Lunatic asylums Burma 1907-21 - 1907-1921
Year: 1907
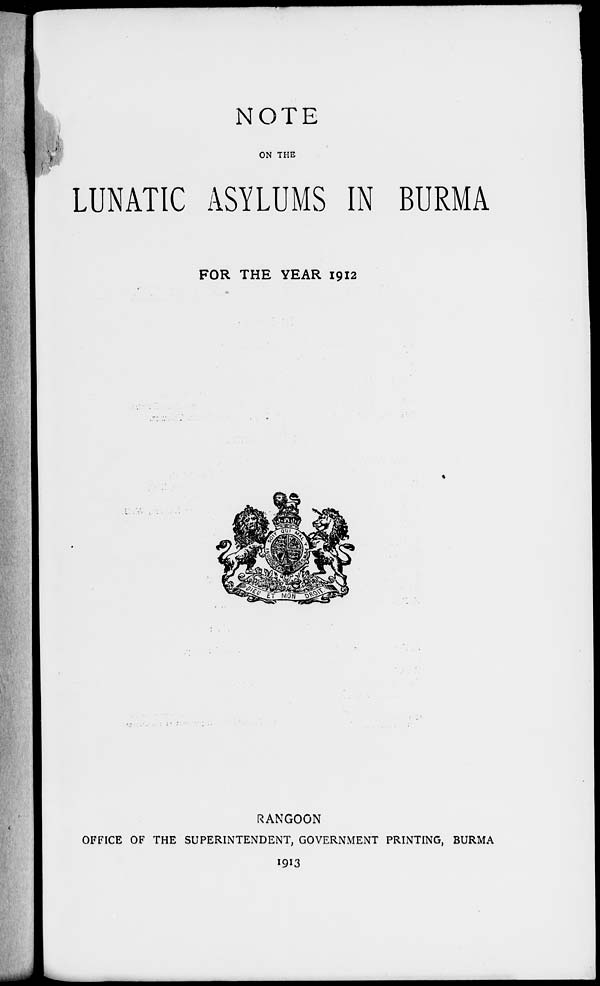
NOTE
ON THE
LUNATIC ASYLUMS IN BURMA
FOR THE YEAR 1912
RANGOON
OFFICE OF THE SUPERINTENDENT, GOVERNMENT PRINTING, BURMA
1913